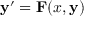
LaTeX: \mathbf { y } ^ { \prime } = \mathbf { F } ( x , \mathbf { y } )